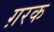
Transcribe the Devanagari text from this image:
ग़रक